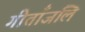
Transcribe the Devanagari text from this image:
गीताँजलि